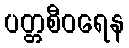
ပတ္တစီဝရေန